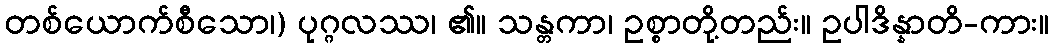
တစ်ယောက်စီသော၊) ပုဂ္ဂလဿ၊ ၏။ သန္တကာ၊ ဥစ္စာတို့တည်း။ ဥပါဒိန္နာတိ-ကား။